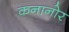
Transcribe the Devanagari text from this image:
कनानोर